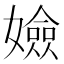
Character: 嬐